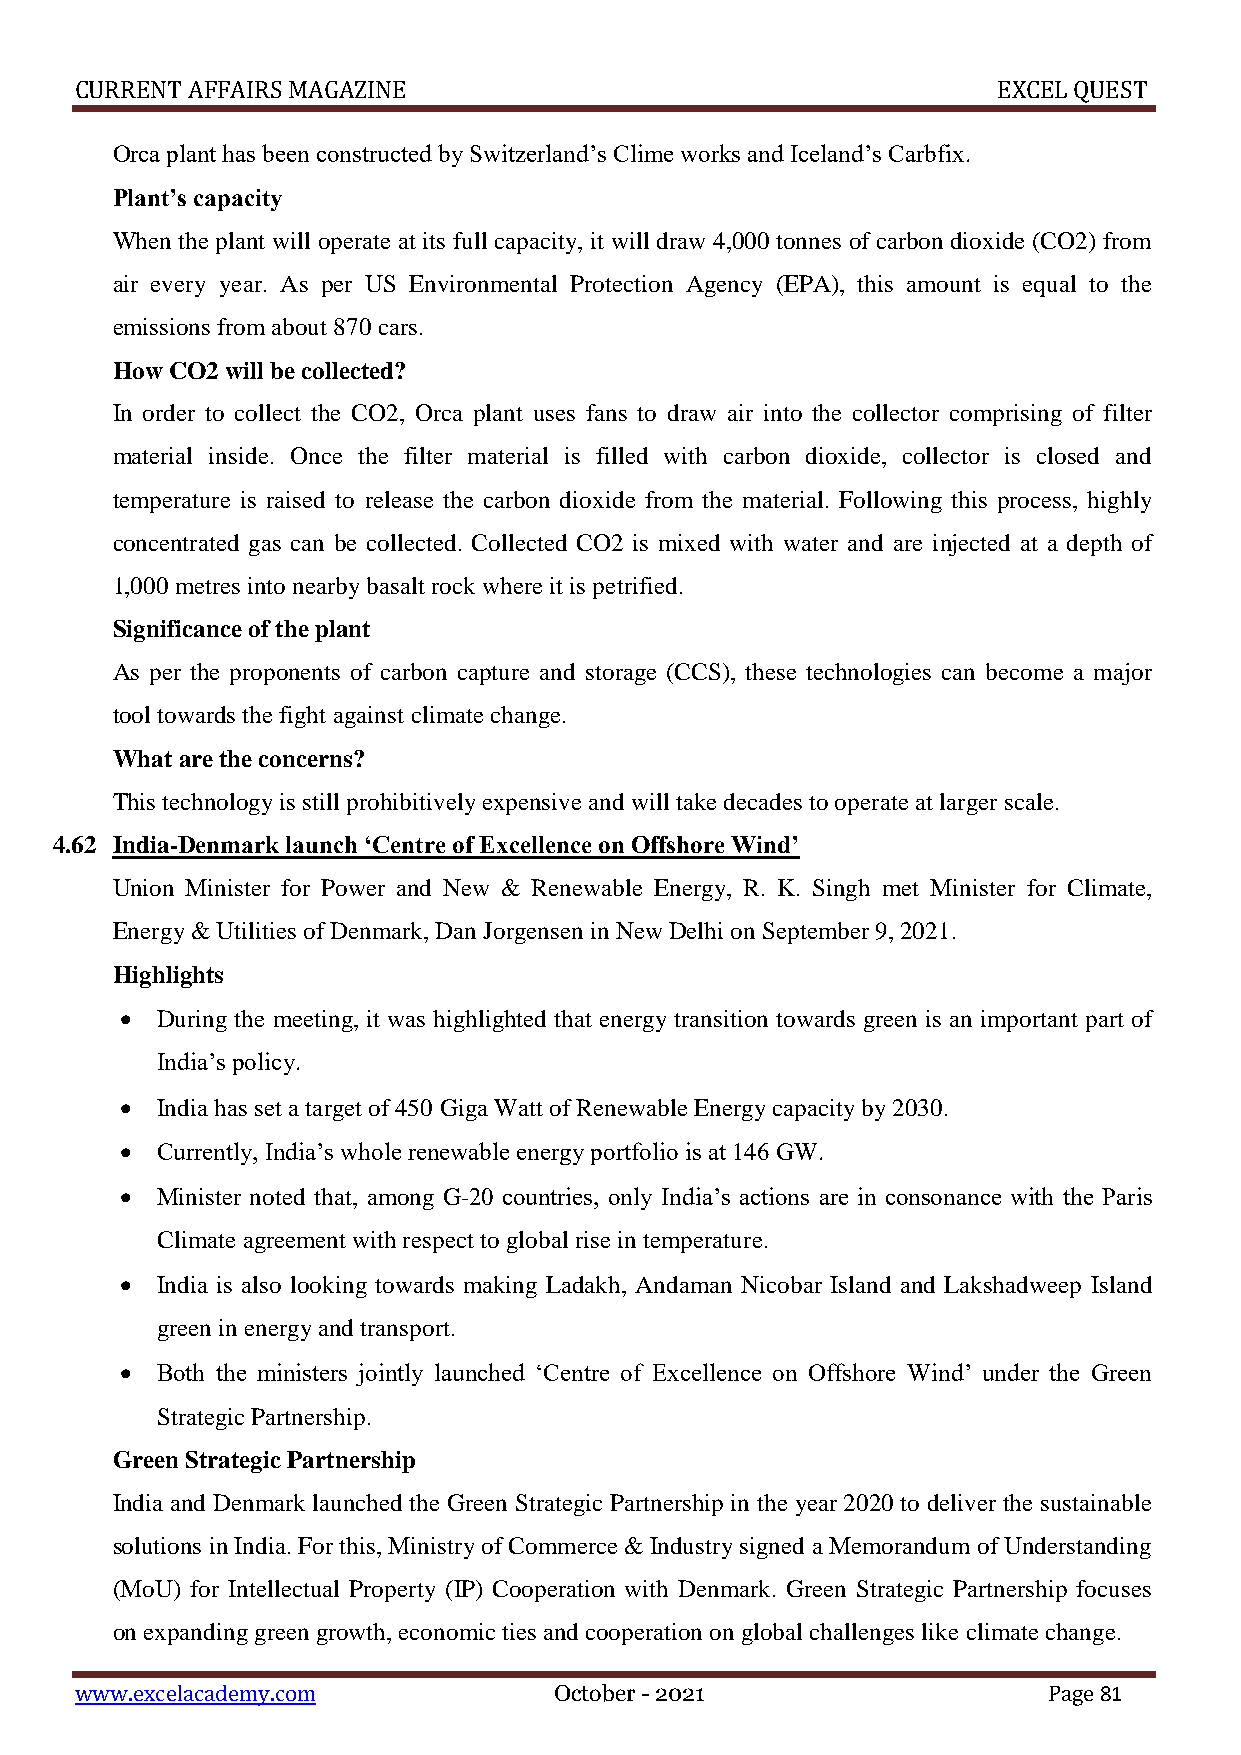
CURRENT AFFAIRS MAGAZINE                                     EXCEL QUEST
 Orca plant has been constructed by Switzerland’s Clime works and Iceland’s Carbfix.
 Plant’s capacity
 When the plant will operate at its full capacity, it will draw 4,000 tonnes of carbon dioxide (CO2) from
 air every year. As per US Environmental Protection Agency (EPA), this amount is equal to the
 emissions from about 870 cars.
 How CO2 will be collected?
 In order to collect the CO2, Orca plant uses fans to draw air into the collector comprising of filter
 material inside. Once the filter material is filled with carbon dioxide, collector is closed and
 temperature is raised to release the carbon dioxide from the material. Following this process, highly
 concentrated gas can be collected. Collected CO2 is mixed with water and are injected at a depth of
 1,000 metres into nearby basalt rock where it is petrified.
 Significance of the plant
 As per the proponents of carbon capture and storage (CCS), these technologies can become a major
 tool towards the fight against climate change.
 What are the concerns?
 This technology is still prohibitively expensive and will take decades to operate at larger scale.
 4.62 India-Denmark launch ‘Centre of Excellence on Offshore Wind’
 Union Minister for Power and New & Renewable Energy, R. K. Singh met Minister for Climate,
 Energy & Utilities of Denmark, Dan Jorgensen in New Delhi on September 9, 2021.
 Highlights
  During the meeting, it was highlighted that energy transition towards green is an important part of
 India’s policy.
  India has set a target of 450 Giga Watt of Renewable Energy capacity by 2030.
  Currently, India’s whole renewable energy portfolio is at 146 GW.
  Minister noted that, among G-20 countries, only India’s actions are in consonance with the Paris
 Climate agreement with respect to global rise in temperature.
  India is also looking towards making Ladakh, Andaman Nicobar Island and Lakshadweep Island
 green in energy and transport.
  Both the ministers jointly launched ‘Centre of Excellence on Offshore Wind’ under the Green
 Strategic Partnership.
 Green Strategic Partnership
 India and Denmark launched the Green Strategic Partnership in the year 2020 to deliver the sustainable
 solutions in India. For this, Ministry of Commerce & Industry signed a Memorandum of Understanding
 (MoU) for Intellectual Property (IP) Cooperation with Denmark. Green Strategic Partnership focuses
 on expanding green growth, economic ties and cooperation on global challenges like climate change.
 www.excelacademy.com            October - 2021                  Page 81